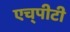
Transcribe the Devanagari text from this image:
एच्‌पीटी